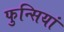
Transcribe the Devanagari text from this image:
फुन्सियां